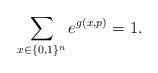
LaTeX: \begin{align*}\sum_{x\in \{0,1\}^n} e^{g(x,p)} = 1. \end{align*}